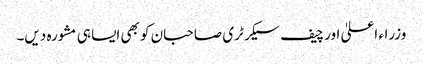
وزراء اعلیٰ اور چیف سیکرٹری صاحبان کو بھی ایسا ہی مشورہ دیں۔